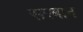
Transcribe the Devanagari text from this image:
सरबान